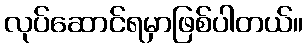
လုပ်ဆောင်ရမှာဖြစ်ပါတယ်။